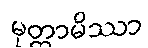
မုတ္တာမိဿာ